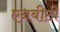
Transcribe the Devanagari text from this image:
एनबीटी